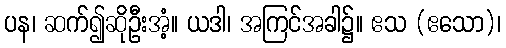
ပန၊ ဆက်၍ဆိုဦးအံ့။ ယဒါ၊ အကြင်အခါ၌။ ဧသ (ဧသော)၊